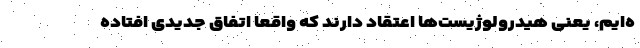
ه‌ایم، یعنی هیدرولوژیست‌ها اعتقاد دارند که واقعا اتفاق جدیدی افتاده